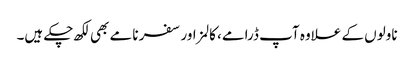
ناولوں کے علاوہ آپ ڈرامے، کالمز اور سفر نامے بھی لکھ چکے ہیں۔